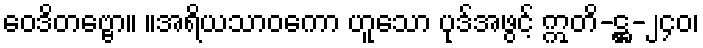
ဝေဒိတဗ္ဗော။ ။အရိယသာဝကော ဟူသော ပုဒ်အဖွင့် ဣတိ-ဋ္ဌ-၂၄၀၊